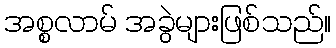
အစ္စလာမ် အခွဲများဖြစ်သည်။